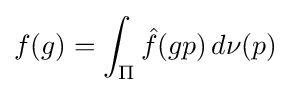
f(g)=\int _{\Pi }{\hat {f}}(gp)\,d\nu (p)